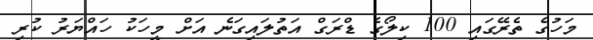
މަހުގެ ތެރޭގައި 100 ކިލޯގެ ޑްރަގް އަތުލައިގަނެ އަށް މީހަކު ހައްޔަރު ކުރި